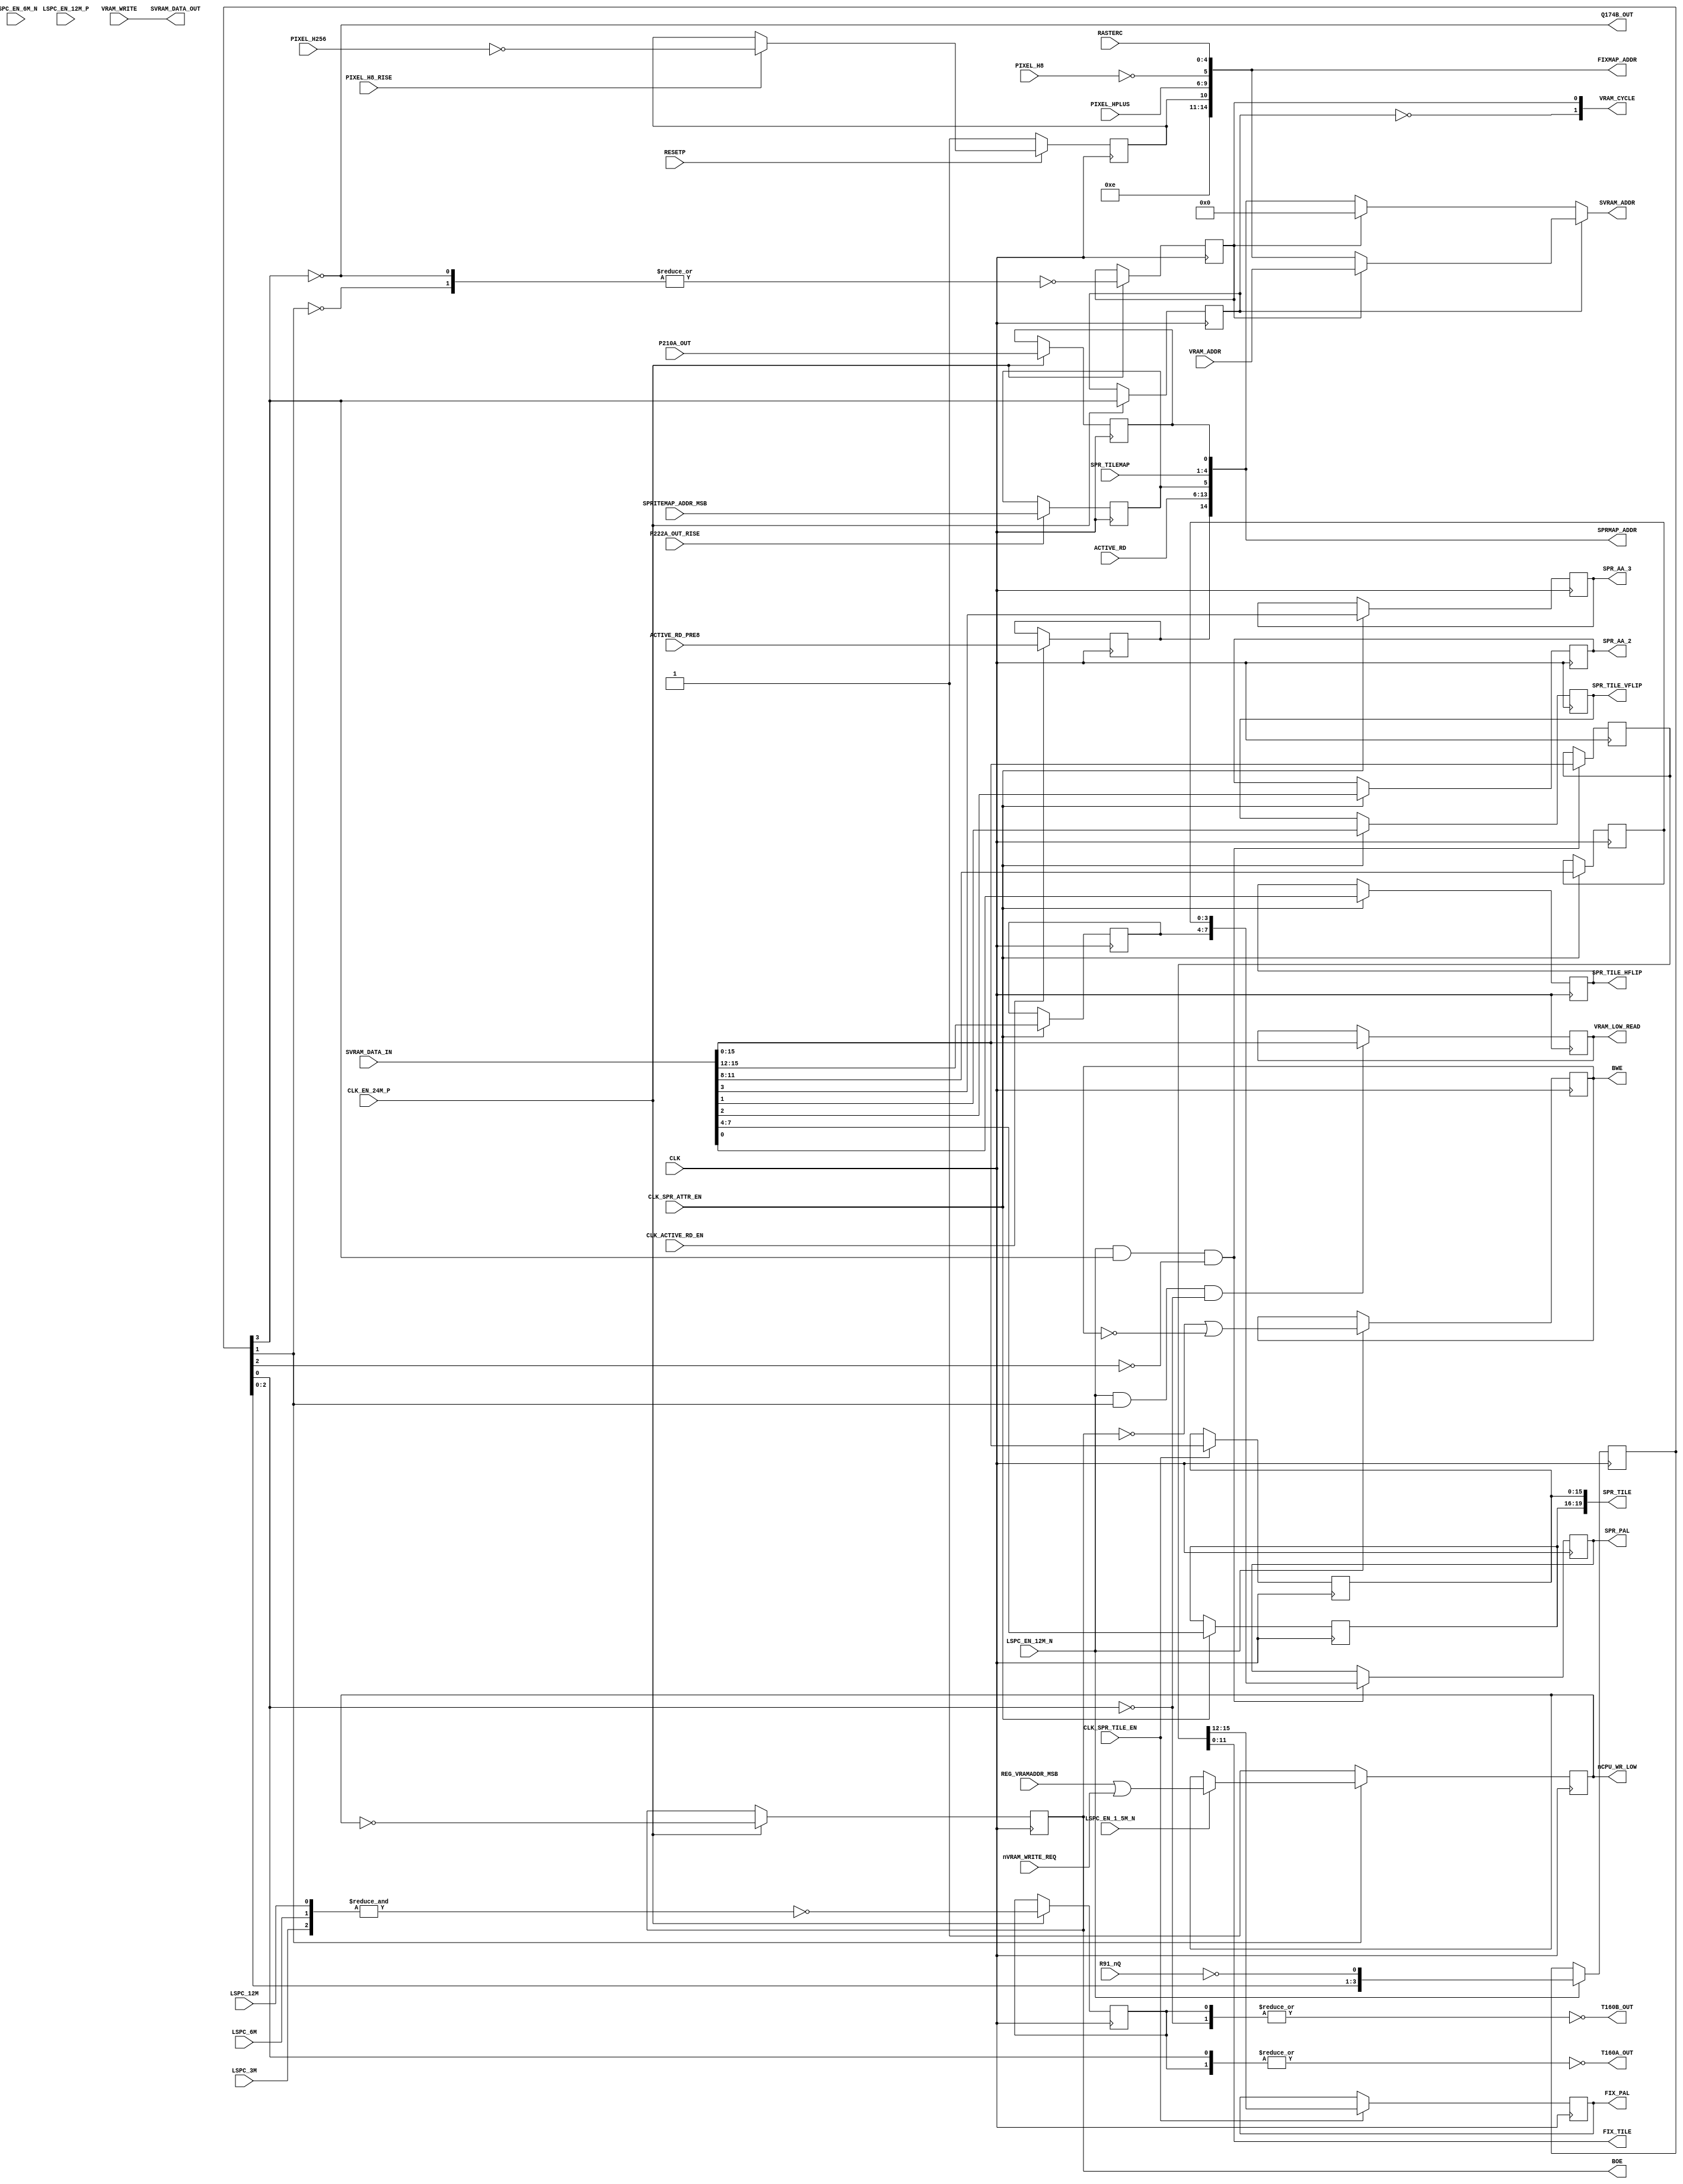
module slow_cycle_sync(
	input CLK,
	input CLK_EN_24M_P,
	input LSPC_12M,
	input LSPC_EN_12M_N,
	input LSPC_EN_12M_P,
	input LSPC_6M,
	input LSPC_EN_6M_N,
	input LSPC_3M,
	input LSPC_EN_1_5M_N,
	input RESETP,
	input [14:0] VRAM_ADDR,
	input [15:0] VRAM_WRITE,
	input REG_VRAMADDR_MSB,
	input PIXEL_H8,
	input PIXEL_H8_RISE,
	input PIXEL_H256,
	input [7:3] RASTERC,
	input [3:0] PIXEL_HPLUS,
	input [7:0] ACTIVE_RD,
	input nVRAM_WRITE_REQ,
	input [3:0] SPR_TILEMAP,
	output reg SPR_TILE_VFLIP,
	output reg SPR_TILE_HFLIP,
	output reg SPR_AA_3, SPR_AA_2,
	output [11:0] FIX_TILE,
	output reg [3:0] FIX_PAL,
	output reg [19:0] SPR_TILE,
	output reg [7:0] SPR_PAL,
	output reg [15:0] VRAM_LOW_READ,
	output reg nCPU_WR_LOW,
	input R91_nQ,
	output T160A_OUT,
	output T160B_OUT,
	input CLK_ACTIVE_RD_EN,
	input ACTIVE_RD_PRE8,
	output Q174B_OUT,
	input CLK_SPR_ATTR_EN,
	input SPRITEMAP_ADDR_MSB,
	input CLK_SPR_TILE_EN,
	input P222A_OUT_RISE,
	input P210A_OUT,
	
	output [14:0] SVRAM_ADDR,
	//input [15:0] SVRAM_DATA,
	input [31:0] SVRAM_DATA_IN,
	output [15:0] SVRAM_DATA_OUT,
	output reg BOE, BWE,
	
	output [14:0] FIXMAP_ADDR,		// Extracted for NEO-CMC
	output [14:0] SPRMAP_ADDR,
	output [1:0] VRAM_CYCLE         // Hint to SDRAM controller (10 - Sprite map read, 01 - CPU R/W, 00 - fixmap read)
);

	wire [14:0] B;
	wire [15:0] E;
	reg  [15:0] FIX_MAP_READ;
	//wire [14:0] FIXMAP_ADDR;
	//wire [14:0] SPRMAP_ADDR;
	reg  [3:0] D233_Q;
	reg  [3:0] D283_Q;
	reg  [3:0] Q162_Q;
	
	assign SVRAM_ADDR = B;
	assign E = SVRAM_DATA_IN[15:0];
	assign SVRAM_DATA_OUT = VRAM_WRITE;

	// CPU read
	// H251 F269 F250 D214
	//FDS16bit H251(~CLK_CPU_READ_LOW, E, VRAM_LOW_READ);
	always @(posedge CLK) if (CLK_CPU_READ_LOW_EN) VRAM_LOW_READ <= E;

	// Fix map read
	// E233 C269 B233 B200
	//FDS16bit E233(Q174B_OUT, E, FIX_MAP_READ);
	always @(posedge CLK) if (CLK_SPR_PAL_EN) FIX_MAP_READ <= E;
	assign FIX_TILE = FIX_MAP_READ[11:0];
	//FDSCell E251(~CLK_SPR_TILE, FIX_MAP_READ[15:12], FIX_PAL);
	always @(posedge CLK) if (CLK_SPR_TILE_EN) FIX_PAL <= FIX_MAP_READ[15:12];
	
	// Sprite map read even
	// H233 C279 B250 C191
	`ifdef VRAM32
	//**Gyurco** latch later (same time as even address) to make us of 32 bit VRAM reads
	//FDS16bit H233(D208B_OUT, E, SPR_TILE[15:0]);
	always @(posedge CLK) if (CLK_SPR_ATTR_EN) SPR_TILE[15:0] <= E;
	`else
	//FDS16bit H233(~CLK_SPR_TILE, E, SPR_TILE[15:0]);
	always @(posedge CLK) if (CLK_SPR_TILE_EN) SPR_TILE[15:0] <= E;
	`endif
	
	// Sprite map read odd
	// D233 D283 A249 C201
	`ifdef VRAM32
	//**Gyurco** latch second word from 32-bit read
	//FDS16bit D233(D208B_OUT, SVRAM_DATA_IN[31:16], {D233_Q, D283_Q, SPR_TILE[19:16], SPR_AA_3, SPR_AA_2, SPR_TILE_VFLIP, SPR_TILE_HFLIP});
	always @(posedge CLK) if (CLK_SPR_ATTR_EN) {D233_Q, D283_Q, SPR_TILE[19:16], SPR_AA_3, SPR_AA_2, SPR_TILE_VFLIP, SPR_TILE_HFLIP} <= SVRAM_DATA_IN[31:16];
	`else
	//FDS16bit D233(D208B_OUT, E, {D233_Q, D283_Q, SPR_TILE[19:16], SPR_AA_3, SPR_AA_2, SPR_TILE_VFLIP, SPR_TILE_HFLIP});
	always @(posedge CLK) if (CLK_SPR_ATTR_EN) {D233_Q, D283_Q, SPR_TILE[19:16], SPR_AA_3, SPR_AA_2, SPR_TILE_VFLIP, SPR_TILE_HFLIP} <= E;
	`endif
	//FDSCell C233(Q174B_OUT, D233_Q, SPR_PAL[7:4]);
	//FDSCell D269(Q174B_OUT, D283_Q, SPR_PAL[3:0]);
	always @(posedge CLK) if (CLK_SPR_PAL_EN) SPR_PAL <= {D233_Q, D283_Q};
	
	//assign E = VRAM_LOW_WRITE ? VRAM_WRITE : 16'bzzzzzzzzzzzzzzzz;
	
	// BOE and BWE outputs
	wire Q220_Q, R287A_OUT, R289_nQ;
	//FD2 Q220(CLK_24MB, nCPU_WR_LOW, Q220_Q, BOE);
	always @(posedge CLK) if (CLK_EN_24M_P) BOE <= ~nCPU_WR_LOW;
	//FD2 R289(LSPC_12M, R287A_OUT, BWE, R289_nQ);
	always @(posedge CLK) if (LSPC_EN_12M_N) BWE <= R287A_OUT;
	//assign R287A_OUT = Q220_Q | R289_nQ;
	assign R287A_OUT = ~BOE | ~BWE;
	//assign VRAM_LOW_WRITE = ~BWE;
	
	
	// Address mux
	// E54A F34 F30A
	// F39A J31A H39A H75A
	// F206A I75A E146A N177
	// N179A N182 N172A K169A
	assign B = ~N165_nQ ?
					~N160_Q ? SPRMAP_ADDR : 15'd0
					:
					~N160_Q ? FIXMAP_ADDR : VRAM_ADDR;

	assign VRAM_CYCLE = {~N165_nQ, N160_Q};
	assign FIXMAP_ADDR = {4'b1110, O62_nQ, PIXEL_HPLUS, ~PIXEL_H8, RASTERC[7:3]};
	assign SPRMAP_ADDR = {H57_Q, ACTIVE_RD, O185_Q, SPR_TILEMAP, K166_Q};
	
	wire /*O185_Q, H57_Q, K166_Q, N165_nQ,*/ N169A_OUT/*, N160_Q*/;
	reg O185_Q;
	//FDM O185(P222A_OUT, SPRITEMAP_ADDR_MSB, O185_Q);
	always @(posedge CLK) if (P222A_OUT_RISE) O185_Q <= SPRITEMAP_ADDR_MSB;
	reg H57_Q;
	//FDM H57(CLK_ACTIVE_RD, ACTIVE_RD_PRE8, H57_Q);
	always @(posedge CLK) if (CLK_ACTIVE_RD_EN) H57_Q <= ACTIVE_RD_PRE8;
	//FDM K166(CLK_24M, P210A_OUT, K166_Q);
	//FDM N165(CLK_24M, Q174B_OUT, , N165_nQ);
	//FDM N160(CLK_24M, N169A_OUT, N160_Q);
	reg K166_Q, N165_nQ, N160_Q;
	always @(posedge CLK)
		if (CLK_EN_24M_P) {K166_Q, N165_nQ, N160_Q} <= {P210A_OUT, ~Q174B_OUT, N169A_OUT};
	
	//FS1 Q162(LSPC_12M, R91_nQ, Q162_Q);
	always @(posedge CLK)
		if (LSPC_EN_12M_N) Q162_Q <= {Q162_Q[2:0], ~R91_nQ};
	assign Q174B_OUT = ~Q162_Q[3];
	assign N169A_OUT = ~|{Q174B_OUT, ~CLK_CPU_READ_LOW};
	wire CLK_SPR_PAL_EN = LSPC_EN_12M_N & Q162_Q[3] & ~Q162_Q[2];
	
	//wire T75_Q/*, O62_Q, O62_nQ*/;
	//FDM T75(CLK_24M, T64A_OUT, T75_Q);
	reg T75_Q;
	always @(posedge CLK) if (CLK_EN_24M_P) T75_Q <= T64A_OUT;
	wire   CLK_CPU_READ_LOW = Q162_Q[1];
	wire   CLK_CPU_READ_LOW_EN = LSPC_EN_12M_N & Q162_Q[1] & ~Q162_Q[0];
	assign T160B_OUT = ~|{T75_Q, ~Q162_Q[0]};
	assign T160A_OUT = ~|{Q162_Q[0], T75_Q};
	wire T64A_OUT = ~&{LSPC_12M, LSPC_6M, LSPC_3M};
	
	//FDPCell O62(PIXEL_H8, PIXEL_H256, 1'b1, RESETP, O62_Q, O62_nQ);
	reg O62_nQ;
	always @(posedge CLK)
		if (~RESETP)
			O62_nQ <= 1'b1;
		else if (PIXEL_H8_RISE)
			O62_nQ <= ~PIXEL_H256;
	
	wire F58B_OUT = REG_VRAMADDR_MSB | nVRAM_WRITE_REQ /* synthesis keep */;
	//FDPCell Q106(~LSPC_1_5M, F58B_OUT, CLK_CPU_READ_LOW, 1'b1, nCPU_WR_LOW);
	always @(posedge CLK) 
		if (!CLK_CPU_READ_LOW)
			nCPU_WR_LOW <= 1;
		else if (LSPC_EN_1_5M_N)
			nCPU_WR_LOW <= F58B_OUT;
	
	
	//vram_slow_u VRAMLU(B, E[15:8], 1'b0, BOE, BWE);
	//vram_slow_l VRAMLL(B, E[7:0], 1'b0, BOE, BWE);

endmodule